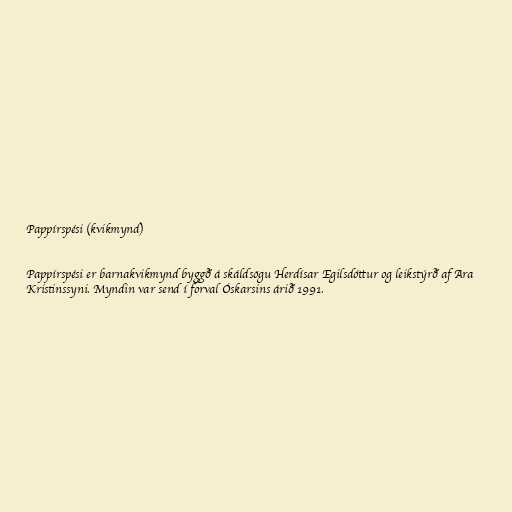
Pappírspési (kvikmynd)

Pappírspési er barnakvikmynd byggð á skáldsögu Herdísar Egilsdóttur og leikstýrð af Ara
Kristinssyni. Myndin var send í forval Óskarsins árið 1991.